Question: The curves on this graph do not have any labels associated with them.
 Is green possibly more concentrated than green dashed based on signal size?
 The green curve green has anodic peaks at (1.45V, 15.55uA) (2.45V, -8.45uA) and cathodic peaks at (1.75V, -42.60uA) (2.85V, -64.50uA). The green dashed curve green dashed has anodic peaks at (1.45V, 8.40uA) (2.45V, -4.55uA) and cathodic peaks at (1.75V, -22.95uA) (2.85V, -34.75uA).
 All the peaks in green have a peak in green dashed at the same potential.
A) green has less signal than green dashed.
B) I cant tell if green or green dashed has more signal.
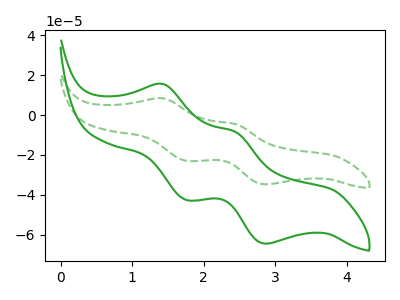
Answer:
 <answer>B) I cant tell if "green" or "green dashed" has more signal.</answer>
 <eval>B</eval>